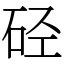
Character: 硁